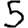
Digit: 5